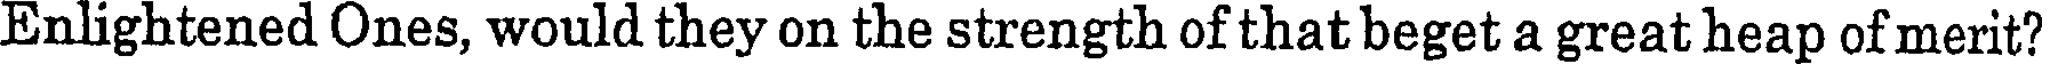
Enlightened Ones, would they on the strength of that beget a great heap of merit?